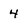
Character: 4